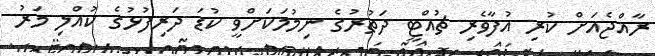
ރާއްޖެއަށް ކުރި އުފާވެރި ޗުއްޓީ ދަތުރުގެ ނިމުމަކަށްވީ ކުޑަ ދަރިފުޅުގެ ކުއްލި މަރު